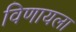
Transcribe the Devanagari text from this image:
विणायला